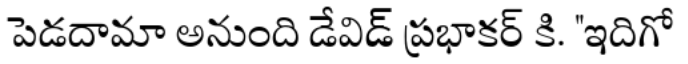
పెడదామా అనుంది డేవిడ్ ప్రభాకర్ కి. "ఇదిగో